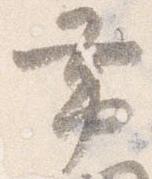
帯